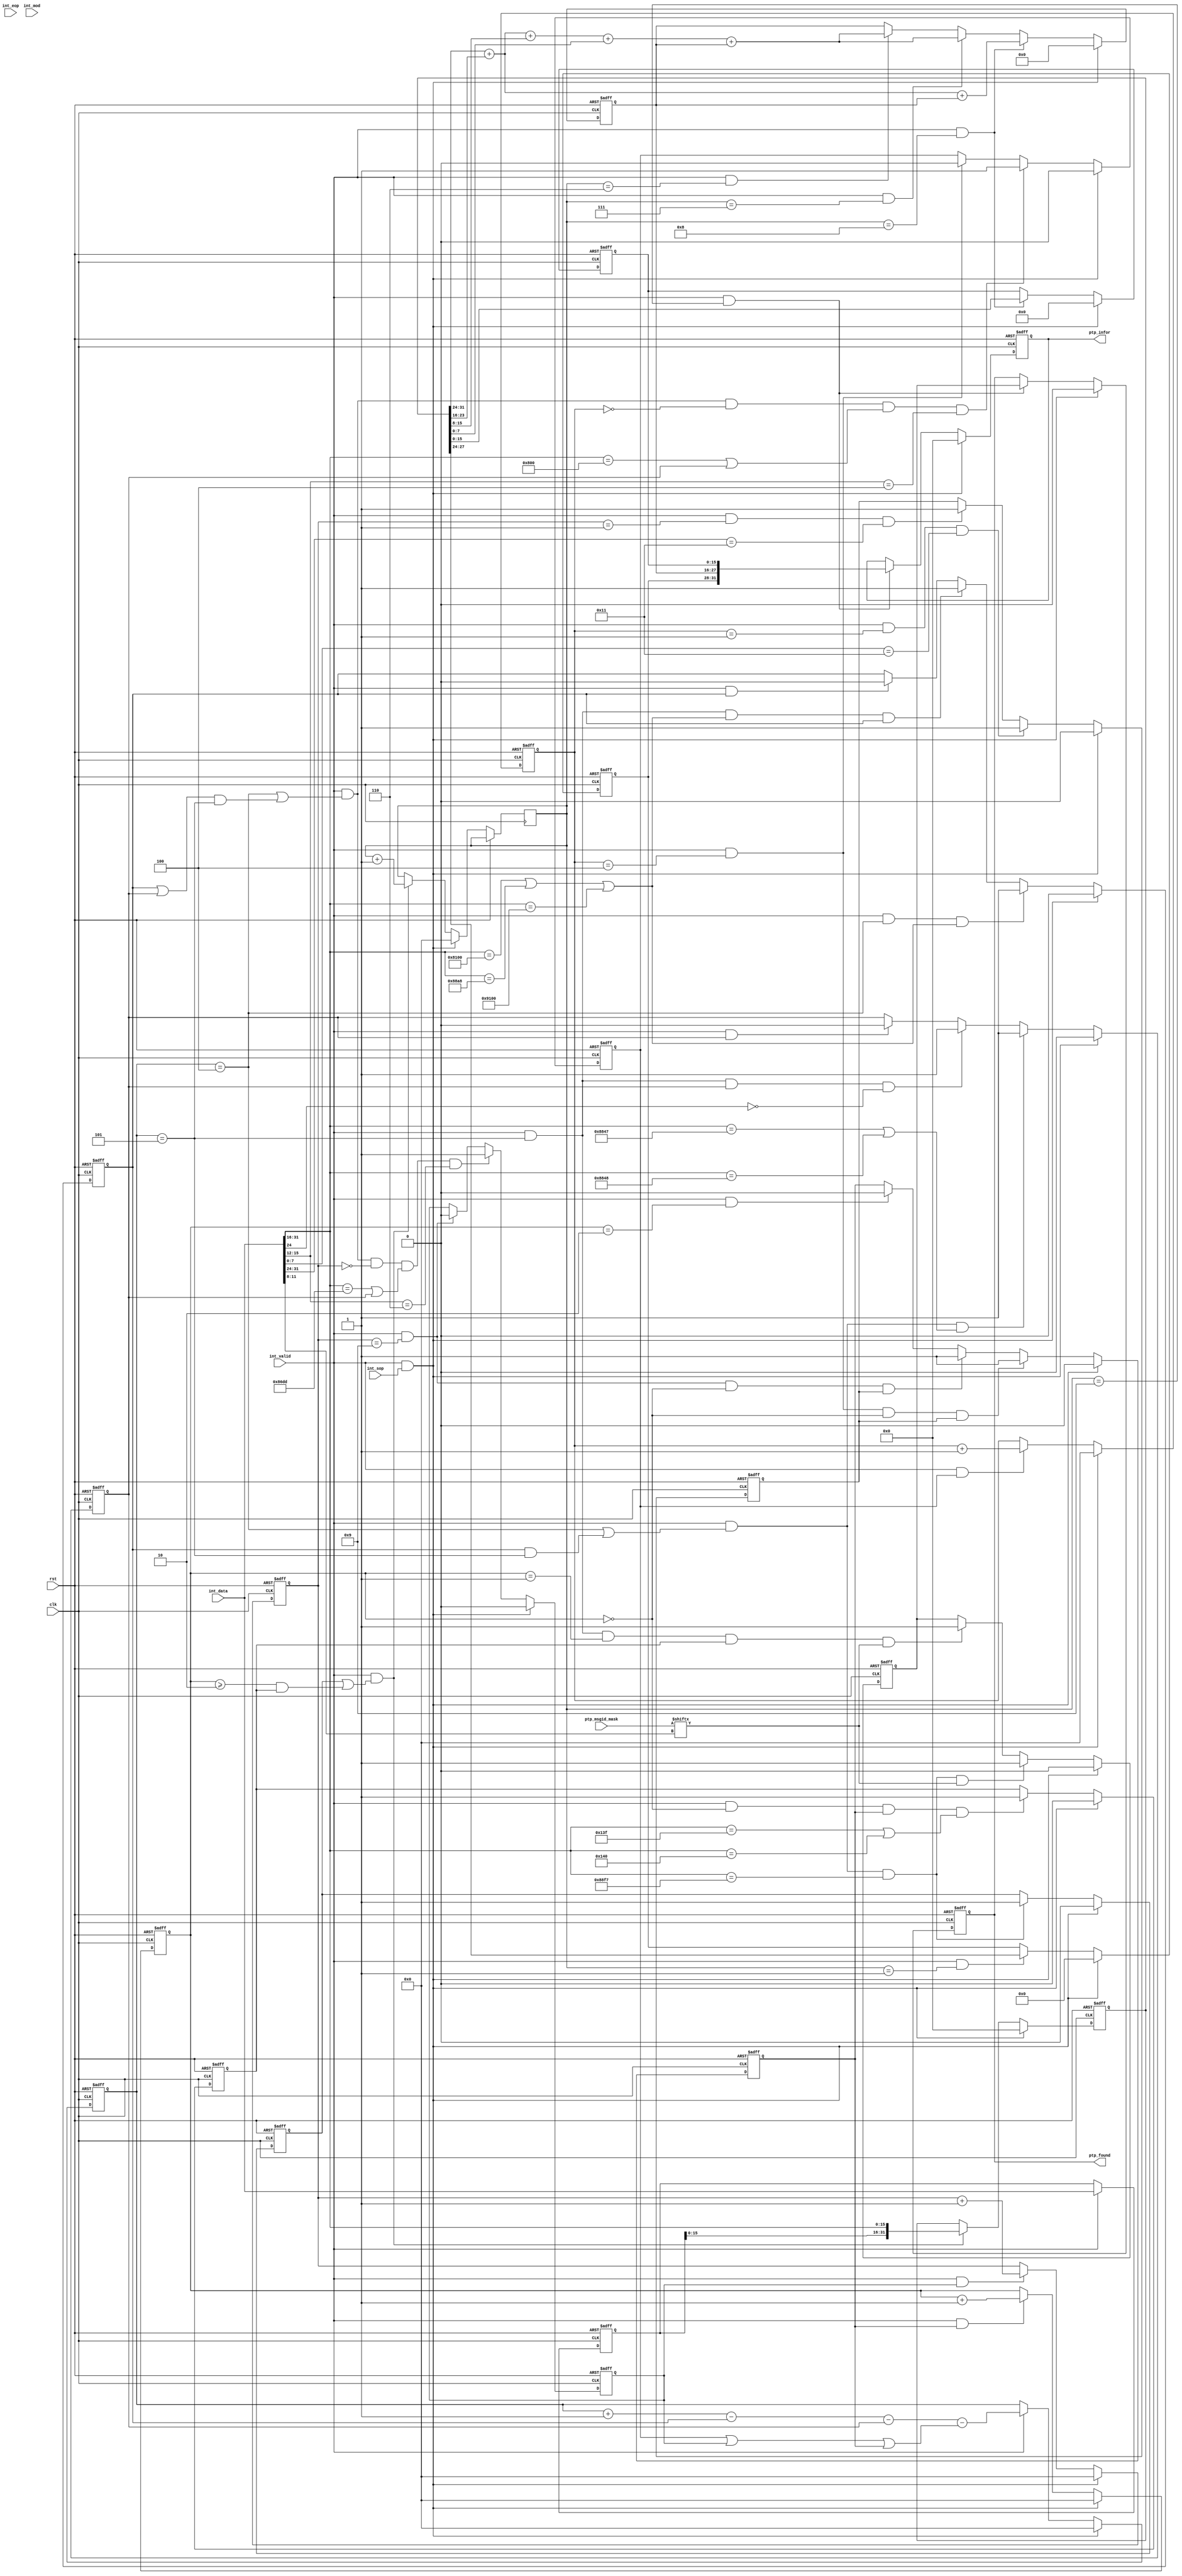
/*
 * ptp_parser.v
 * 
 * Copyright (c) 2012, BABY&HW. All rights reserved.
 *
 * This library is free software; you can redistribute it and/or
 * modify it under the terms of the GNU Lesser General Public
 * License as published by the Free Software Foundation; either
 * version 2.1 of the License, or (at your option) any later version.
 *
 * This library is distributed in the hope that it will be useful,
 * but WITHOUT ANY WARRANTY; without even the implied warranty of
 * MERCHANTABILITY or FITNESS FOR A PARTICULAR PURPOSE.  See the GNU
 * Lesser General Public License for more details.
 *
 * You should have received a copy of the GNU Lesser General Public
 * License along with this library; if not, write to the Free Software
 * Foundation, Inc., 51 Franklin Street, Fifth Floor, Boston,
 * MA 02110-1301  USA
 */

`timescale 1ns/1ns

module ptp_parser (
  input        clk, rst,
  input [31:0] int_data,
  input        int_valid,
  input        int_sop,
  input        int_eop,
  input [ 1:0] int_mod,

  input [ 7:0] ptp_msgid_mask,

  output reg        ptp_found,
  output reg [31:0] ptp_infor
);

// constant values
parameter c_vlan_tpid_1 = 16'h8100;
parameter c_vlan_tpid_2 = 16'h88a8;
parameter c_vlan_tpid_3 = 16'h9100;

parameter c_mpls_type_1 = 16'h8847;
parameter c_mpls_type_2 = 16'h8848;

parameter c_ipv4_type   = 16'h0800;
parameter c_ipv6_type   = 16'h86dd;

parameter c_ptp2_type   = 16'h88f7;
parameter c_ptp4_port_1 = 16'h013f;
parameter c_ptp4_port_2 = 16'h0140;

// buffer data input
reg [31:0] int_data_d1;
always @(posedge rst or posedge clk) begin
  if (rst) begin
    int_data_d1  <= 32'h00000000;
  end
  else begin
    if (int_valid) begin
      int_data_d1  <= int_data;
    end
  end
end

// packet parser: counter
reg [ 9:0] int_cnt, bypass_ipv4_cnt, bypass_ipv6_cnt, bypass_udp_cnt, ptp_cnt;
reg bypass_vlan, ptp_l2, bypass_mpls, bypass_ipv4, bypass_ipv6, found_udp, bypass_udp, ptp_l4, ptp_event;
always @(posedge rst or posedge clk) begin
  if (rst) begin
    int_cnt <= 10'd0;
    bypass_ipv4_cnt <= 10'd0;
    bypass_ipv6_cnt <= 10'd0;
    bypass_udp_cnt <= 10'd0;
  end
  else begin
    if (int_valid && int_sop)
      int_cnt <= 10'd0;
    else if (int_valid)
      int_cnt <= int_cnt + 10'd1 - bypass_vlan - bypass_mpls - (bypass_ipv4 || bypass_ipv6 || bypass_udp);

    if (int_valid && int_sop)
      bypass_ipv4_cnt <= 10'd0;
    else if (int_valid && bypass_ipv4)
      bypass_ipv4_cnt <= bypass_ipv4_cnt + 10'd1;

    if (int_valid && int_sop)
      bypass_ipv6_cnt <= 10'd0;
    else if (int_valid && bypass_ipv6)
      bypass_ipv6_cnt <= bypass_ipv6_cnt + 10'd1;

    if (int_valid && int_sop)
      bypass_udp_cnt <= 10'd0;
    else if (int_valid && bypass_udp)
      bypass_udp_cnt <= bypass_udp_cnt + 10'd1;

    if (int_valid && int_sop)
      ptp_cnt <= 10'd0;
    else if (int_valid && (ptp_l2 || (bypass_udp_cnt>=10'd2 && ptp_l4)))
      ptp_cnt <= ptp_cnt + 10'd1;
  end
end

// packet parser: comparator
always @(posedge rst or posedge clk) begin
  if (rst) begin
    bypass_vlan  <= 1'b0;
    bypass_mpls  <= 1'b0;
    bypass_ipv4  <= 1'b0;
    bypass_ipv6  <= 1'b0;
    found_udp    <= 1'b0;
    bypass_udp   <= 1'b0;
    ptp_l2    <= 1'b0;
    ptp_l4    <= 1'b0;
    ptp_event <= 1'b0;
  end
  else if (int_valid && int_sop) begin
    bypass_vlan  <= 1'b0;
    bypass_mpls  <= 1'b0;
    bypass_ipv4  <= 1'b0;
    bypass_ipv6  <= 1'b0;
    found_udp    <= 1'b0;
    bypass_udp   <= 1'b0;
    ptp_l2    <= 1'b0;
    ptp_l4    <= 1'b0;
    ptp_event <= 1'b0;
  end
  else begin
    // bypass vlan
    if      (int_valid && int_cnt==10'd4 && (int_data[31:16]==c_vlan_tpid_1 || int_data[31:16]==c_vlan_tpid_2 || int_data[31:16]==c_vlan_tpid_3))  // ether_type == vlan
      bypass_vlan <= 1'b1;
    else if (int_valid && int_cnt==10'd5 && (int_data[31:16]==c_vlan_tpid_1 || int_data[31:16]==c_vlan_tpid_2 || int_data[31:16]==c_vlan_tpid_3) && bypass_vlan)  // vlan_type == vlan
      bypass_vlan <= 1'b1;
    else if (int_valid && bypass_vlan)
      bypass_vlan <= 1'b0;

    // bypass mpls
    if      (int_valid && (int_cnt==10'd4 || bypass_vlan && int_cnt==10'd5) && 
            (int_data[31:16]==c_mpls_type_1 || int_data[31:16]==c_mpls_type_2))  // ether_type == mpls
      bypass_mpls <= 1'b1;
    else if (int_valid &&  int_cnt==10'd5 && bypass_mpls && 
             int_data[24]==1'b0)  // bottom of label stack == 0
      bypass_mpls <= 1'b1;
    else if (int_valid && bypass_mpls)
      bypass_mpls <= 1'b0;

    // bypass ipv4
    if      (int_valid && (int_cnt==10'd4 || (bypass_vlan || bypass_mpls) && int_cnt==10'd5) && bypass_ipv4_cnt==10'd0 &&
            (int_data[31:16]==c_ipv4_type || bypass_mpls) && int_data[15:12]==4'h4)  // ether_type == ipv4, ip_version == 4
      bypass_ipv4 <= 1'b1;
    else if (int_valid && bypass_ipv4_cnt==10'd4)
      bypass_ipv4 <= 1'b0;

    // bypass ipv6
    if      (int_valid && (int_cnt==10'd4 || (bypass_vlan || bypass_mpls) && int_cnt==10'd5) && bypass_ipv6_cnt==10'd0 &&
            (int_data[31:16]==c_ipv6_type || bypass_mpls) && int_data[15:12]==4'h6)  // ether_type == ipv6, ip_version == 6
      bypass_ipv6 <= 1'b1;
    else if (int_valid && bypass_ipv6_cnt==10'd9)
      bypass_ipv6 <= 1'b0;

    // check if it is udp
    if      (int_valid && bypass_ipv4_cnt==10'd1 && int_data[ 7: 0]== 8'h11)  // ipv4_protocol == udp
      found_udp <= 1'b1;
    else if (int_valid && bypass_ipv6_cnt==10'd1 && int_data[31:24]== 8'h11)  // ipv6_protocol == udp
      found_udp <= 1'b1;

    // bypass udp
    if      (int_valid && bypass_ipv4_cnt==10'd4 && bypass_udp_cnt==10'd0 && found_udp)  // ipv4_udp
      bypass_udp <= 1'b1;
    else if (int_valid && bypass_ipv6_cnt==10'd9 && bypass_udp_cnt==10'd0 && found_udp)  // ipv6_udp
      bypass_udp <= 1'b1;
    else if (int_valid && bypass_udp_cnt==10'd2)
      bypass_udp <= 1'b0;

    // check if it is L2 PTP
    if (int_valid && (int_cnt==10'd4 || bypass_vlan && int_cnt==10'd5) && int_data[31:16]==c_ptp2_type)  // ether_type == ptp
      ptp_l2 <= 1'b1;
    // check if it is L4 PTP
    if (int_valid && bypass_udp_cnt==10'd0 && bypass_udp &&
       (int_data[31:16]==c_ptp4_port_1 || int_data[31:16]==c_ptp4_port_2))  // udp_dest_port == ptp_event || ptp_general
      ptp_l4 <= 1'b1;

    // check if it is PTP Event message
    if      (int_valid && (int_cnt==10'd4 || bypass_vlan && int_cnt==10'd5) && int_data[31:16]==c_ptp2_type &&
            (ptp_msgid_mask[int_data[11: 8]]))  // ptp_message_id == ptp_event
      ptp_event <= 1'b1;
    else if (int_valid && int_cnt==10'd5 && bypass_udp_cnt==10'd1 && ptp_l4 &&
            (ptp_msgid_mask[int_data[11: 8]]))  // ptp_message_id == ptp_event 
      ptp_event <= 1'b1;
  end
end

// ptp message
reg [31:0] ptp_data;
reg [ 3:0] ptp_msgid;
reg [15:0] ptp_seqid;
reg [11:0] ptp_cksum;
always @(posedge rst or posedge clk) begin
  if (rst) begin
    ptp_data  <= 32'd0;
    ptp_msgid <= 4'd0;
    ptp_seqid <= 16'd0;
    ptp_cksum <= 12'd0;
  end
  else if (int_valid && int_sop) begin
    ptp_data  <= 32'd0;
    ptp_msgid <= 4'd0;
    ptp_seqid <= 16'd0;
    ptp_cksum <= 12'd0;
  end
  else begin
    // get PTP identification information as additional information to Timestamp
    // ptp message body
    if (int_valid && (ptp_l2 || (bypass_udp_cnt>=10'd2 && ptp_l4)))
      ptp_data <= {int_data_d1[15:0], int_data[31:16]};
    // message id
    if (int_valid && ptp_cnt==10'd1)
      ptp_msgid <= ptp_data[27:24];
    // sequence id
    if (int_valid && ptp_cnt==10'd8)
      ptp_seqid <= ptp_data[15:0];
    // sum up clock id and source port id
    if (int_valid && ptp_cnt==10'd6)
      ptp_cksum <= ptp_data[31:24] + ptp_data[23:16] + ptp_data[15: 8] + ptp_data[ 7: 0] + ptp_cksum;
    if (int_valid && ptp_cnt==10'd7)
      ptp_cksum <= ptp_data[31:24] + ptp_data[23:16] + ptp_data[15: 8] + ptp_data[ 7: 0] + ptp_cksum;
    if (int_valid && ptp_cnt==10'd8)
      ptp_cksum <= ptp_data[31:24] + ptp_data[23:16]                                     + ptp_cksum;
  end
end

// parser output
always @(posedge rst or posedge clk) begin
  if (rst) begin
    ptp_found <=  1'b0;
    ptp_infor <= 32'd0;
  end
  else if (int_valid && int_sop) begin
    ptp_found <=  1'b0;
    ptp_infor <= 32'd0;
  end
  else if (int_valid && ptp_cnt==10'd9) begin
    ptp_found <=  ptp_event;
    ptp_infor <= {ptp_msgid, ptp_cksum, ptp_seqid};  // 4+12+16
  end
end

endmodule